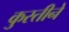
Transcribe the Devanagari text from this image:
कुस्तीने